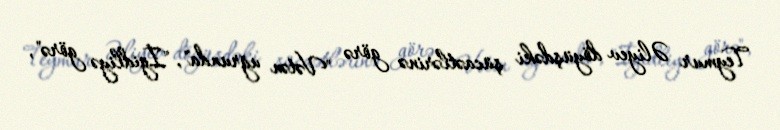
Teymur Əliyev döyüşdəki şücaətlərinə görə "Vətən uğrunda", "İgidliyə görə",